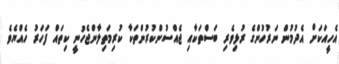
އެހީއަކަށް އެދުމުން ނަރުހުންގެ ރުޅިވެރި ބަސްތަކާއި ޖެއްސުންކުރުންތަކާ ކުރިމަތިލާންޖެހުނީ ކިތައް ފަހަރު ހެއްޔެވެ